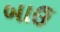
બાઉ